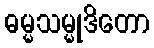
ဓမ္မသမ္မုဒိတော